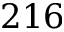
2 1 6